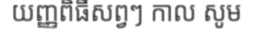
យញ្ញពិធីសព្វៗ កាល សូម